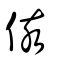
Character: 侅